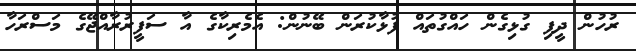
ރުހުން ދީފި ގުޅިގެން ހައްގުތައް ފުޅާކުރަން ބޭނުން: އެމެރިކާގެ އާ ސަފީރުރާއްޖޭގެ މަސްރަހާ